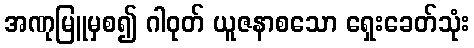
အဏုမြူမှစ၍ ဂါဝုတ် ယူဇနာစသော ရှေးခေတ်သုံး